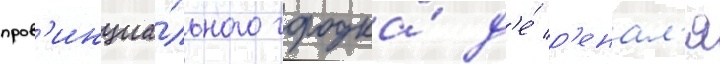
пров'инциа́льного городка́ д'е́ р'енал'я